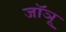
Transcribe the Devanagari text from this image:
जॉञू